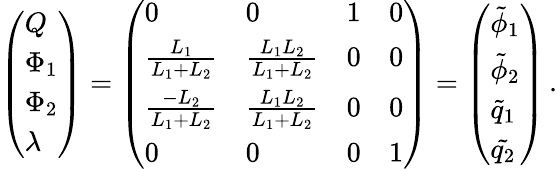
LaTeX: \begin{array}{r}{\left(\begin{array}{l}{Q}\\ {\Phi_{1}}\\ {\Phi_{2}}\\ {\lambda}\end{array}\right)=\left(\begin{array}{llll}{0}&{0}&{1}&{0}\\ {\frac{L_{1}}{L_{1}+L_{2}}}&{\frac{L_{1}L_{2}}{L_{1}+L_{2}}}&{0}&{0}\\ {\frac{-L_{2}}{L_{1}+L_{2}}}&{\frac{L_{1}L_{2}}{L_{1}+L_{2}}}&{0}&{0}\\ {0}&{0}&{0}&{1}\end{array}\right)=\left(\begin{array}{l}{\tilde{\phi}_{1}}\\ {\tilde{\phi}_{2}}\\ {\tilde{q}_{1}}\\ {\tilde{q_{2}}}\end{array}\right)\, .}\end{array}